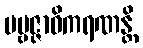
ပဗ္ဗဇ္ဇာဓိကရဏန္တိ